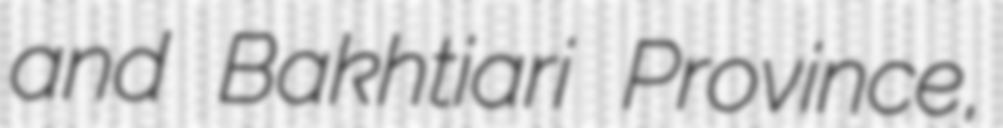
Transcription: and Bakhtiari Province,